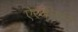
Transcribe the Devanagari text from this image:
ऐरणीदान